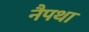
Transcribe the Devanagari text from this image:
नैपथा